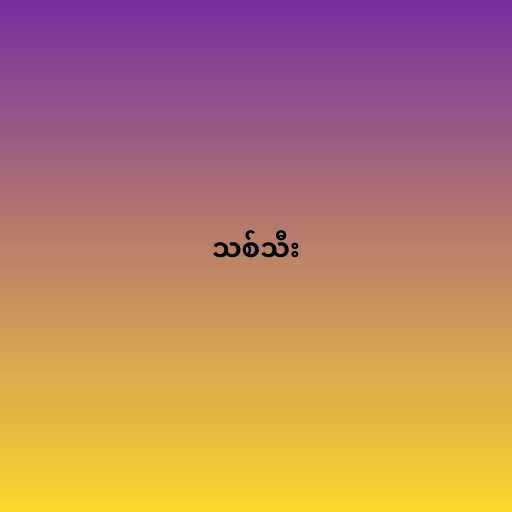
သစ်သီး